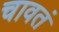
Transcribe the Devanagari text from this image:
चावतं